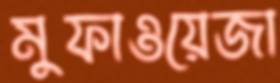
মুফাওয়েজা